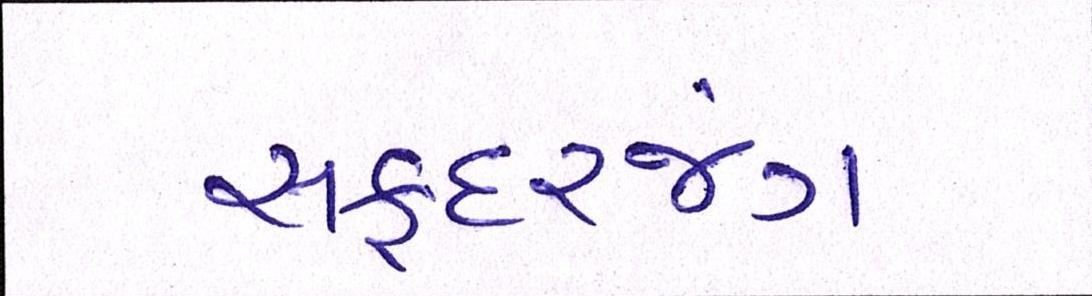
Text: સફદરજંગ